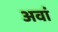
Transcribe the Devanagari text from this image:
अवां